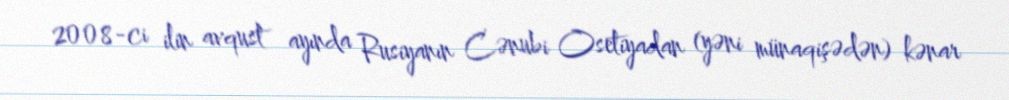
2008-ci ilin avqust ayında Rusiyanın Cənubi Osetiyadan (yəni münaqişədən) kənar